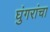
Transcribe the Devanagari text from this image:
घुंगरांचा